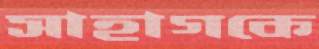
সাহাগকে